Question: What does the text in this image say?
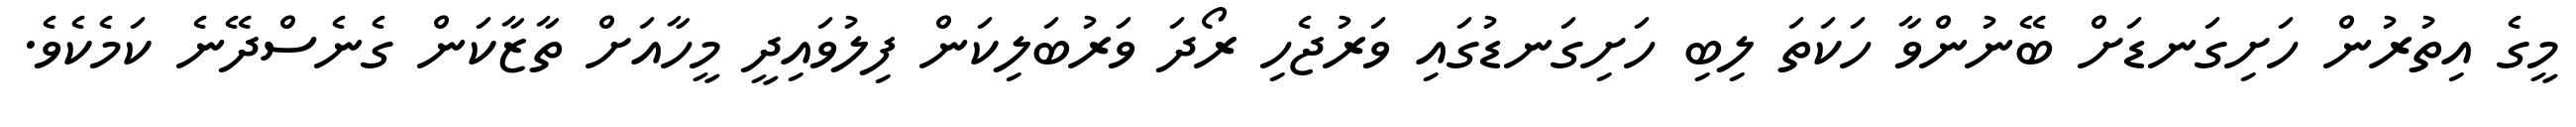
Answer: މީގެ އިތުރުން ހަށިގަނޑަށް ބޭނުންވާ ހަކަތަ ލިބި ހަށިގަނޑުގައި ވަރުޖެހި ރޯދަ ވަރުބަލިކަން ފިލުވައިދީ މީހާއަށް ތާޒާކަން ގެނެސްދޭނެ ކަމެކެވެ.